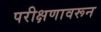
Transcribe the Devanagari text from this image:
परीक्षणावरून